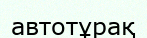
автотұрақ